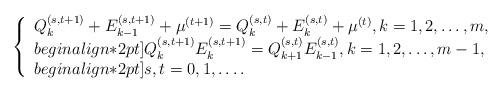
LaTeX: \begin{align*}\left\{\begin{array}{l}Q_{k}^{(s,t+1)}+E_{k-1}^{(s,t+1)}+\mu^{(t+1)}=Q_{k}^{(s,t)}+E_{k}^{(s,t)}+\mu^{(t)},k=1,2,\dots,m,\\begin{align*}2pt]Q_{k}^{(s,t+1)}E_{k}^{(s,t+1)}=Q_{k+1}^{(s,t)}E_{k-1}^{(s,t)},k=1,2,\dots,m-1,\\begin{align*}2pt]s,t=0,1,\dots.\end{array}\right.\end{align*}